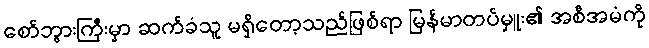
စော်ဘွားကြီးမှာ ဆက်ခံသူ မရှိတော့သည်ဖြစ်ရာ မြန်မာတပ်မှူး၏ အစီအမံကို